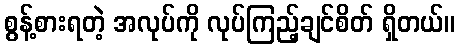
စွန့်စားရတဲ့ အလုပ်ကို လုပ်ကြည့်ချင်စိတ် ရှိတယ်။